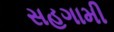
સહગામી